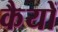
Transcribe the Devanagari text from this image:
कैयों